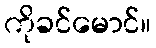
ကိုခင်မောင်။